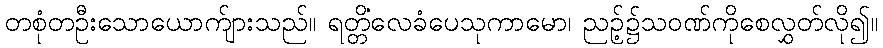
တစုံတဦးသောယောက်ျားသည်။ ရတ္တိံလေခံပေသုကာမော၊ ညဉ့်၌သဝဏ်ကိုစေလွှတ်လို၍။